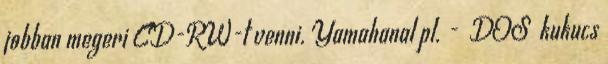
jobban megeri CD-RW-t venni. Yamahanal pl. - DOS kukucs